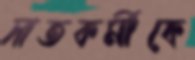
সাতকর্মীকে